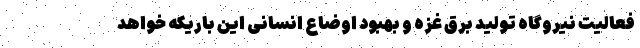
فعالیت نیروگاه تولید برق غزه و بهبود اوضاع انسانی این باریکه خواهد